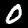
Digit: 0